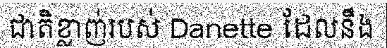
ជាតិខ្លាញ់របស់ Danette ដែលនឹង